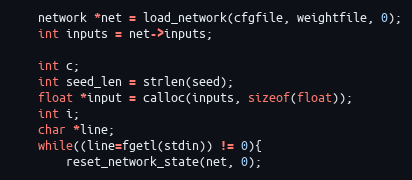
Language: C
    network *net = load_network(cfgfile, weightfile, 0);
    int inputs = net->inputs;

    int c;
    int seed_len = strlen(seed);
    float *input = calloc(inputs, sizeof(float));
    int i;
    char *line;
    while((line=fgetl(stdin)) != 0){
        reset_network_state(net, 0);